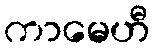
ကာမေဟီ